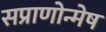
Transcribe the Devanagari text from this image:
सप्राणोन्मेष